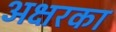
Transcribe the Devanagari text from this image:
अक्षरका